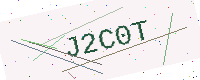
Text: J2C0T